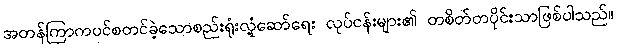
အတန်ကြာကပင်စတင်ခဲ့သောစည်းရုံးလှုံ့ဆော်ရေး လုပ်ငန်းများ၏ တစိတ်တပိုင်းသာဖြစ်ပါသည်။